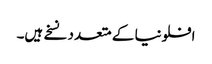
افلونیا کے متعدد نسخے ہیں۔